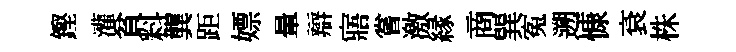
鏗灌貧料龔距嫖暈辯寤嘗激縁商巽寃遡慷袞株